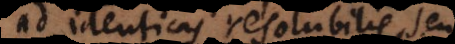
ad identicas resolubilis, s